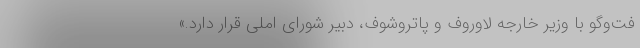
فت‌وگو با وزیر خارجه لاوروف و پاتروشوف، دبیر شورای املی قرار دارد.»